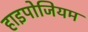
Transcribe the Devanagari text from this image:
हाइपोजियम